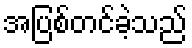
အပြစ်တင်ခဲ့သည်